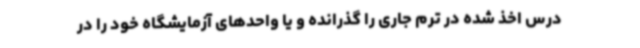
درس اخذ شده در ترم جاری را گذرانده و یا واحدهای آزمایشگاه خود را در